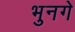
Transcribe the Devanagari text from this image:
भुनगे